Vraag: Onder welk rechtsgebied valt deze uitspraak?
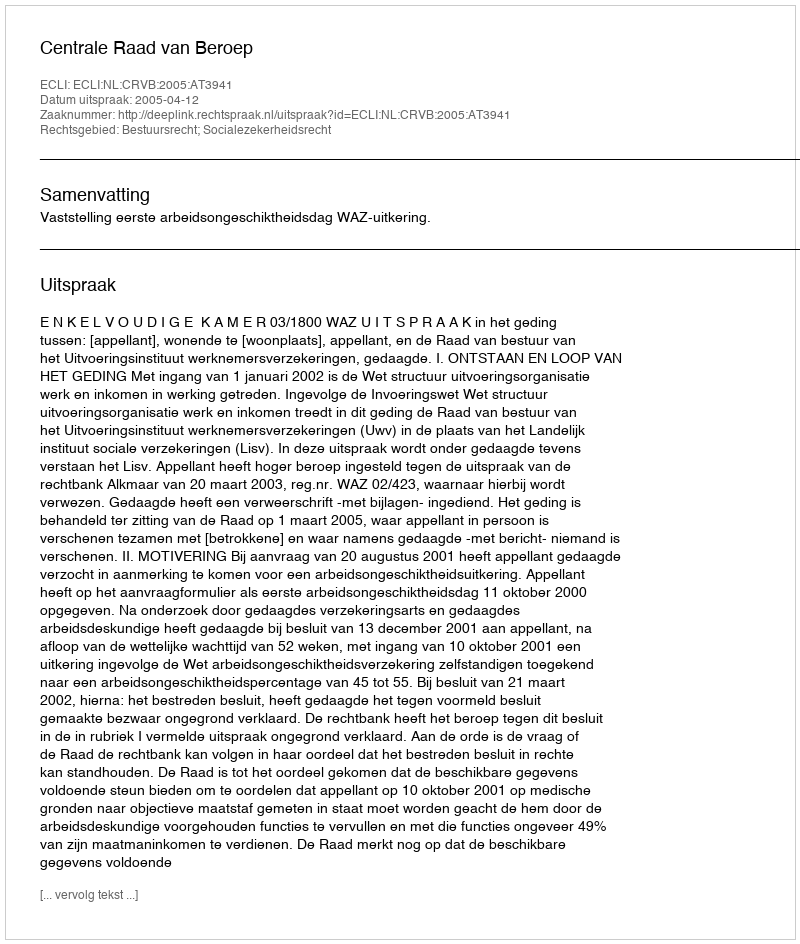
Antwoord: Bestuursrecht; Socialezekerheidsrecht